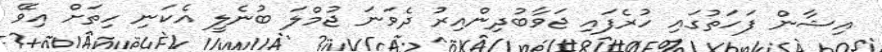
އިޝާން ފަހަތުގައި ހުރެފައި ޖަވާބުދިންއިރު ދެވަނަ ޖުމްލަ ބުނެލީ އެކަނި ހިތަށް އިވޭ